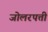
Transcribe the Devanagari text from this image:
जोलरपत्ती